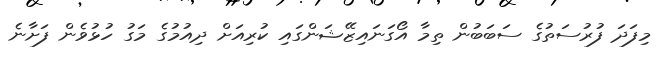
މިފަދަ ފުރުސަތުގެ ސަބަބުން ތިމާ އޯގަނައިޒޭޝަންގައި ކުރިއަށް ދިއުމުގެ މަގު ހުޅުވެން ފަށާނެ